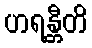
ဟရန္တီတိ